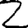
Digit: 2